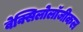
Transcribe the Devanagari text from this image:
वेक्सिलोलॉजीकल